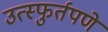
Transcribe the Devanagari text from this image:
उत्स्फुर्तपणे